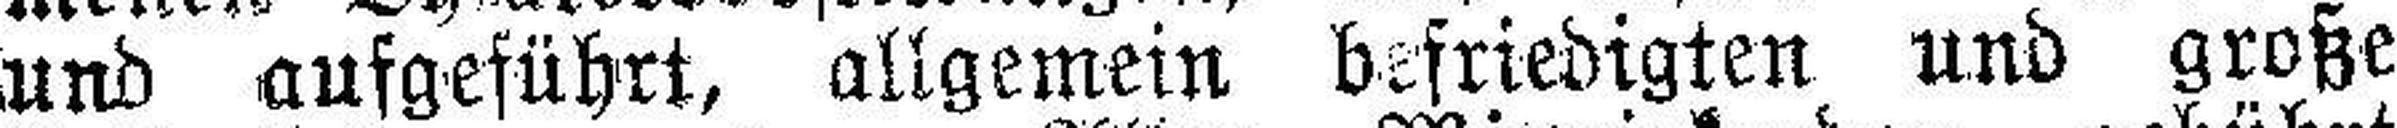
und aufgeführt, allgemein befriedigten und große